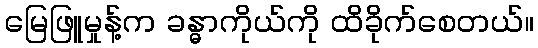
မြေဖြူမှုန့်က ခန္ဓာကိုယ်ကို ထိခိုက်စေတယ်။